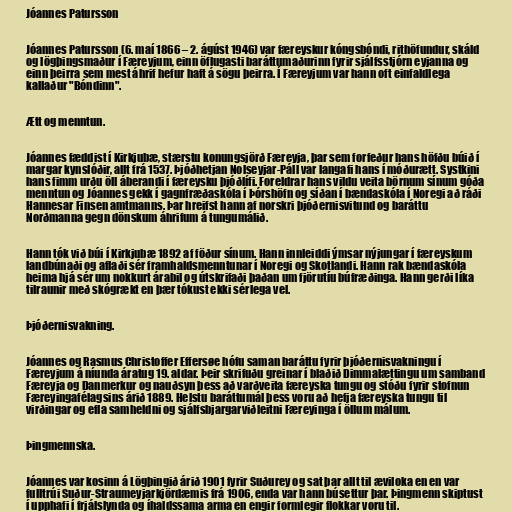
Jóannes Patursson

Jóannes Patursson (6. maí 1866 – 2. ágúst 1946) var færeyskur kóngsbóndi, rithöfundur, skáld
og lögþingsmaður í Færeyjum, einn öflugasti baráttumaðurinn fyrir sjálfsstjórn eyjanna og
einn þeirra sem mest áhrif hefur haft á sögu þeirra. Í Færeyjum var hann oft einfaldlega
kallaður "Bóndinn".

Ætt og menntun.

Jóannes fæddist í Kirkjubæ, stærstu konungsjörð Færeyja, þar sem forfeður hans höfðu búið í
margar kynslóðir, allt frá 1537. Þjóðhetjan Nolseyjar-Páll var langafi hans í móðurætt. Systkini
hans fimm urðu öll áberandi í færeysku þjóðlífi. Foreldrar hans vildu veita börnum sínum góða
menntun og Jóannes gekk í gagnfræðaskóla í Þórshöfn og síðan í bændaskóla í Noregi að ráði
Hannesar Finsen amtmanns. Þar hreifst hann af norskri þjóðernisvitund og baráttu
Norðmanna gegn dönskum áhrifum á tungumálið.

Hann tók við búi í Kirkjubæ 1892 af föður sínum. Hann innleiddi ýmsar nýjungar í færeyskum
landbúnaði og aflaði sér framhaldsmenntunar í Noregi og Skotlandi. Hann rak bændaskóla
heima hjá sér um nokkurt árabil og útskrifaði þaðan um fjörutíu búfræðinga. Hann gerði líka
tilraunir með skógrækt en þær tókust ekki sérlega vel.

Þjóðernisvakning.

Jóannes og Rasmus Christoffer Effersøe hófu saman baráttu fyrir þjóðernisvakningu í
Færeyjum á níunda áratug 19. aldar. Þeir skrifuðu greinar í blaðið Dimmalættingu um samband
Færeyja og Danmerkur og nauðsyn þess að varðveita færeyska tungu og stóðu fyrir stofnun
Færeyingafélagsins árið 1889. Helstu baráttumál þess voru að hefja færeyska tungu til
virðingar og efla samheldni og sjálfsbjargarviðleitni Færeyinga í öllum málum.

Þingmennska.

Jóannes var kosinn á Lögþingið árið 1901 fyrir Suðurey og sat þar allt til æviloka en en var
fulltrúi Suður-Straumeyjarkjördæmis frá 1906, enda var hann búsettur þar. Þingmenn skiptust
í upphafi í frjálslynda og íhaldssama arma en engir formlegir flokkar voru til.